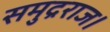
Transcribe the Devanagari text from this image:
समुद्रराज।